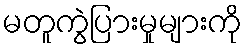
မတူကွဲပြားမှုများကို